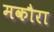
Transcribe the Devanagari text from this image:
मकौरा